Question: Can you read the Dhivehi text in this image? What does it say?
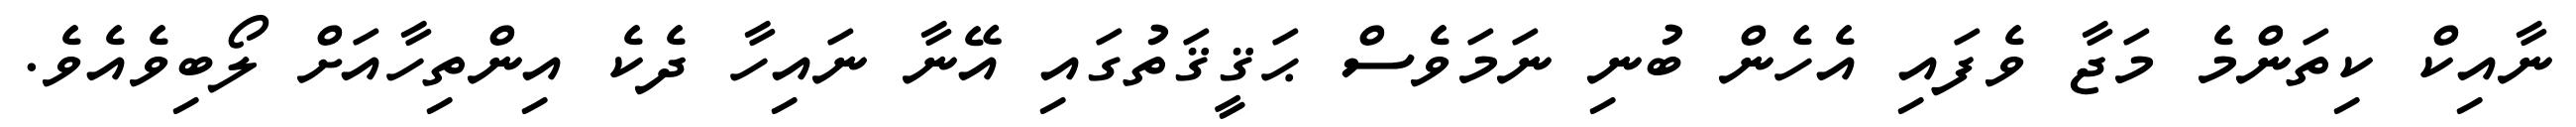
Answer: ނާއިކް ކިތަންމެ މަޖާ ވެފައި އެހެން ބުނި ނަމަވެސް ޙަޤީޤަތުގައި އޭނާ ނައިހާ ދެކެ އިންތިހާއަށް ލޯބިވެއެވެ.